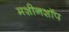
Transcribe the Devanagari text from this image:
मशीनशॉप